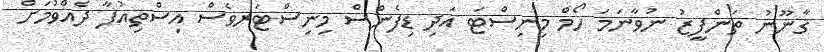
ޤާނޫނު ތަންފީޒު ނުވާނަމަ ހޯމް މިނިސްޓަ އަދި ޑިފެންސް މިނިސްޓަރވެސް އިސްތިއުފާ ދެއްވުމަށް